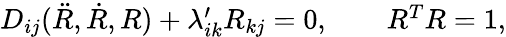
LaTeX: \begin{array}{r}{D_{ij}(\ddot{R},\dot{R},R)+\lambda_{ik}^{\prime}R_{kj}=0,\qquad R^{T}R=1,}\end{array}